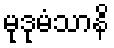
မုဒုမံသာနိ